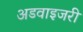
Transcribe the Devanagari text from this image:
अडवाइजरी